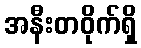
အနီးတဝိုက်ရှိ